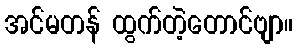
အင်မတန် ထွက်တဲ့တောင်ဗျာ။